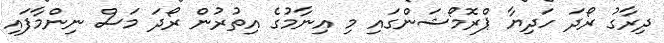
ދިރާގު ރޯދަ ހަދިޔާ ޕްރޮމޯޝަންގައި މި އިނާމުގެ އިތުރުން ރޯދަ މަސް ނިންމާފައި